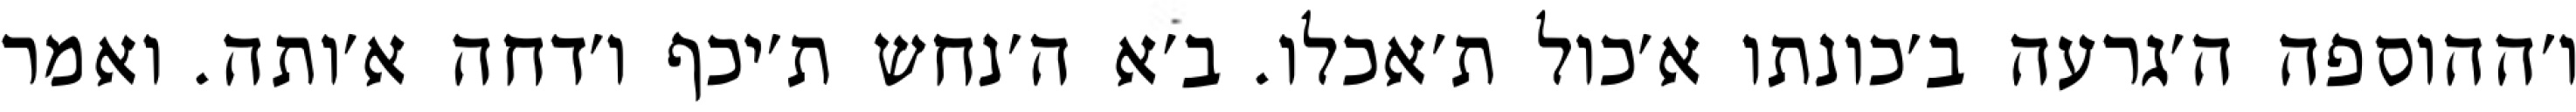
ו׳ההוספה ה׳גרעה ב׳כונתו א׳כול ת׳אכלו. ב׳א ה׳נחש ת׳יכף ו׳דחה א׳ותה. ואמר